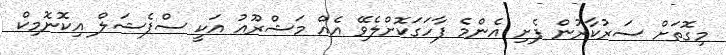
މިގޮތަށް ސަރުކާރުން ފެށި އެންމެ ފާހަގަކޮށްލެވޭ އެއް މަޝްރޫއު އަކީ ސްޕެޝަލް އިކޮނޮމިކް